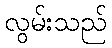
လွမ်းသည်